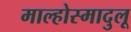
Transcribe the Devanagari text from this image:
माल्होस्मादुलू